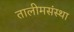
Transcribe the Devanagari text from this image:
तालीमसंस्था